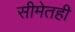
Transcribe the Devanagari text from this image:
सीमेतही